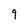
Character: 9